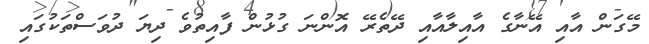
މޭގަން އާއި އޭނާގެ އާއިލާއާއި ދޭތެރޭ އޮންނަ ގުޅުން ފާއިތުވެ ދިޔަ ދުވަސްތަކުގައި